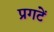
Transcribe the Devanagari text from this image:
प्रगटें